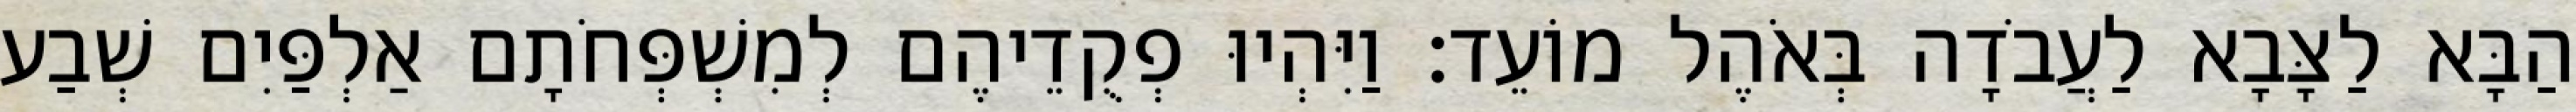
הַבָּא לַצָּבָא לַעֲבֹדָה בְּאֹהֶל מוֹעֵד׃ וַיִּהְיוּ פְקֻדֵיהֶם לְמִשְׁפְּחֹתָם אַלְפַּיִם שְׁבַע